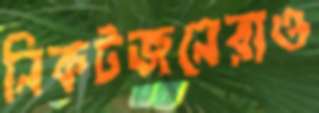
নিকটজনেরাও